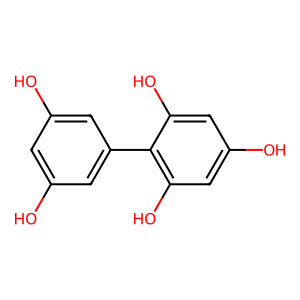
SMILES: Oc1cc(O)cc(-c2c(O)cc(O)cc2O)c1
Inhibits HIV replication: No